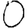
Digit: 0